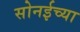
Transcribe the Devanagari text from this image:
सोनईच्या